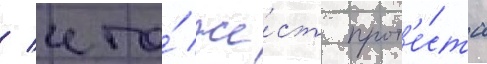
/ что́ же́ст прот'е́ста